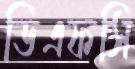
ডিএফসি